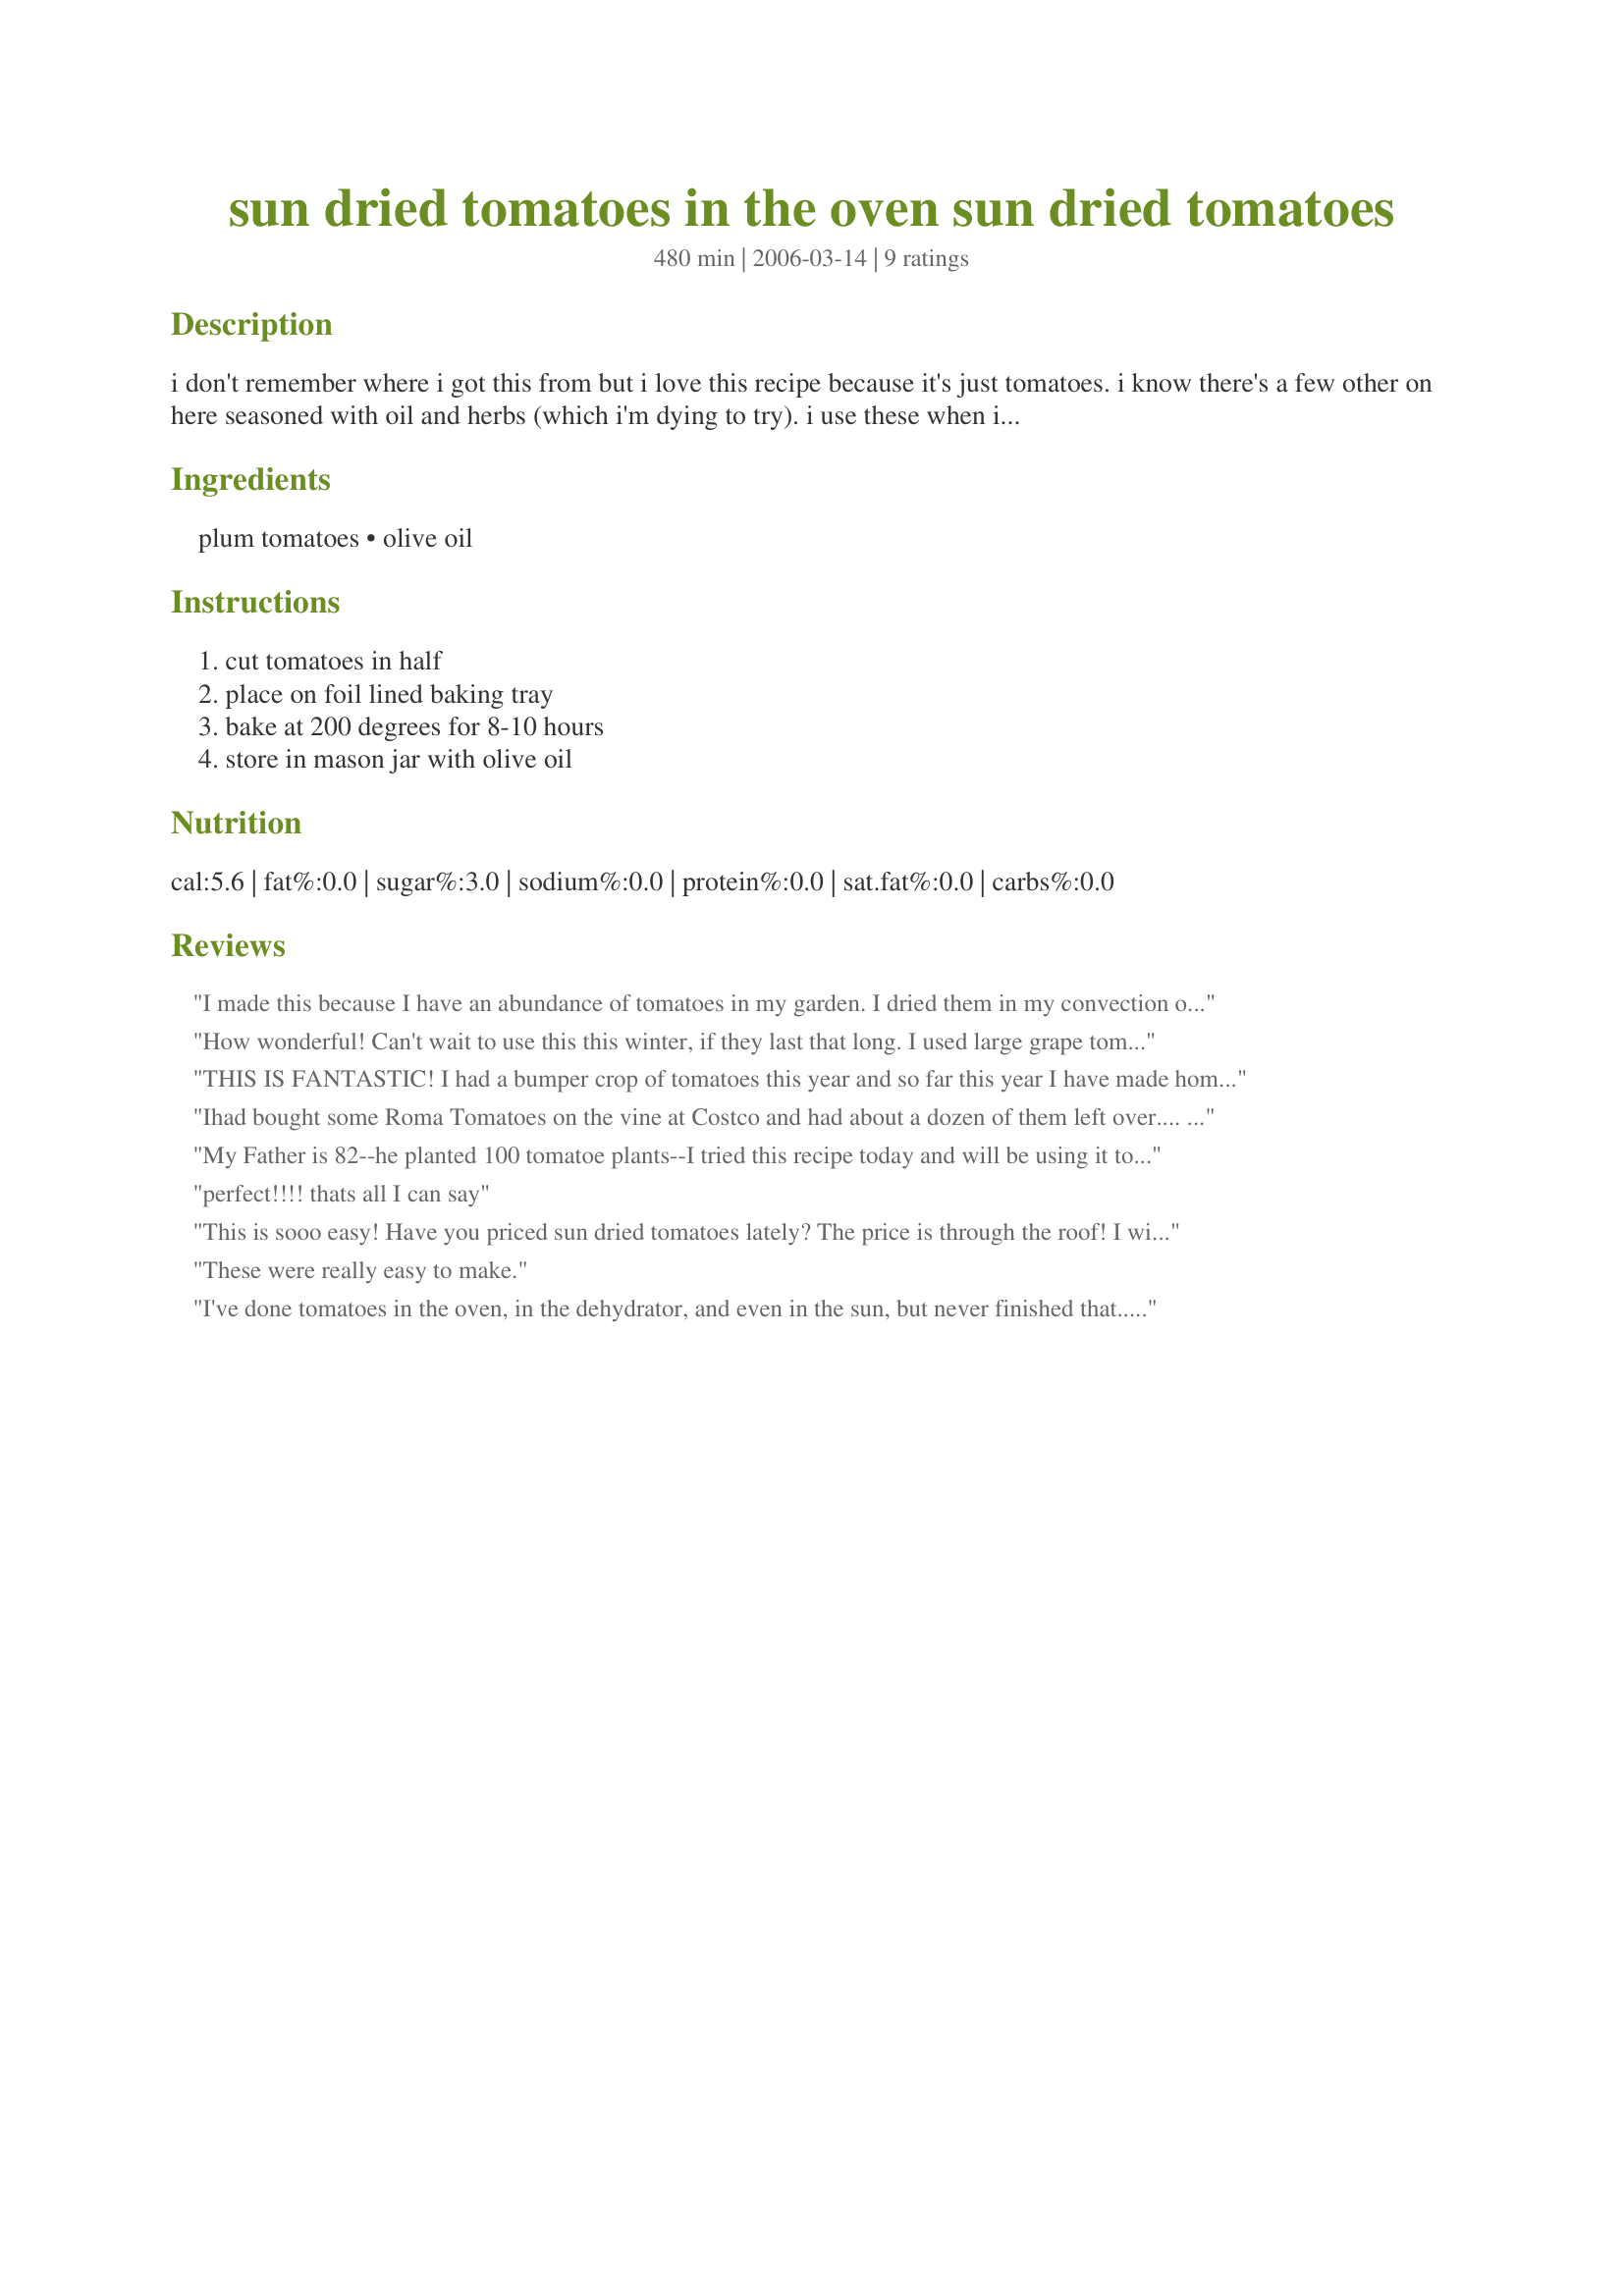
sun dried tomatoes in the oven sun dried tomatoes
Preparation time: 480 minutes

i don't remember where i got this from but i love this recipe because it's just tomatoes. i know there's a few other on here seasoned with oil and herbs (which i'm dying to try). i use these when i don't want to compromise the flavor of the dish i'm making :o) these never make it to a jar to be stored. they're still a tiny bit soft with a loaded sweet flavor! there's nothing to measure so you can choose how many you want to make!i had to put in an amount to post it...

Ingredients:
plum tomatoes, olive oil

Steps:
cut tomatoes in half, place on foil lined baking tray, bake at 200 degrees for 8-10 hours, store in mason jar with olive oil

Reviews:
I made this because I have an abundance of tomatoes in my garden. I dried them in my convection oven at 225 degrees and it took between 5-5.5 hours. So tasty - I mean to freeze them, but we keep noshing on them. Thanks for posting!
How wonderful! Can't wait to use this this winter, if they last that long. I used large grape tomatoes and sliced them across into little circles and them just added some sea salt to help draw up some of the moisture. Thank you for helping me save some summer for our cold winters!
THIS IS FANTASTIC! I had a bumper crop of tomatoes this year and so far this year I have made home canned salsa, pasta sauce, pizza sauce and stewed tomatoes. I was running out of ideas until I found this super simple preserving recipe. I couldn't wait to try one when they were cooled. They are as sweet as candy! Can't wait to actually use them in something! The only thing I did differently was to bake them at 250 degrees for about 7 hours. Just to speed them up a little. KUDOS SWEDE! Thes are awesome!
Ihad bought some Roma Tomatoes on the vine at Costco and had about a dozen of them left over.... what to do???? 
Well, I found this recipe - loved it so much I actually went back and bought more tomatoes to dry!

I actually cut each tomato into 8 and then added dried oregano, fresh basil and salt. Poured lots of olive oil over them (about 1/2 cup) and then put them in the oven at 200 for about 6 1/2 hours.

I packed them in oil and put them in the fridge..... the first batch only lasted 2 days - they were soooooo good!

I will be using this method on a regular basis from now on!
Thank you!
My Father is 82--he planted 100 tomatoe plants--I tried this recipe today and will be using it to process some of the tomatoes this season. The cute little jars will make a nice addition to a food gift basket! Thanks for sharing! The taste is great and it was so very easy--I used regular tomatoes cut in sections.
perfect!!!! thats all I can say
This is sooo easy! Have you priced sun dried tomatoes lately? The price is through the roof! I will keep this one forever and pass it on to my daughters and one son-in-law who loves to cook.
These were really easy to make.
I've done tomatoes in the oven, in the dehydrator, and even in the sun, but never finished that...there's something about insects that make me gag! This is so wonderful, and I thank you for it! Not having all those herbs on there, which make them Italian and therefore not so good with other cuisines, was tops, and hubby and I could have just eaten them right when they came out of the oven. YUM! I used my own home-grown tomatoes and let them go in the oven on parchment paper. Rather than pack them in oil, except for gifts, I will just freeze them in vacume packs. Fabulous. Thanks Swede!
